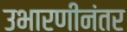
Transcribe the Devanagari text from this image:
उभारणीनंतर